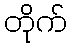
တိုက်